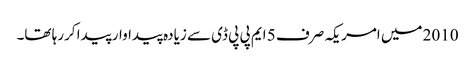
2010 میں امریکہ صرف 5 ایم پی پی ڈی سے زیادہ پیداوار پیدا کررہا تھا۔